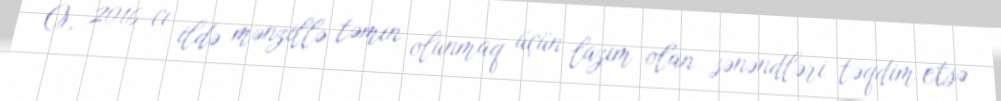
O, 2016-cı ildə mənzillə təmin olunmaq üçün lazım olan sənəndləri təqdim etsə